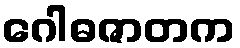
ဂေါဓဇာတက